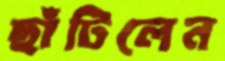
ছাঁটিলেন